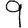
Digit: 9